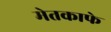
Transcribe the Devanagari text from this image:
मेतकाफे